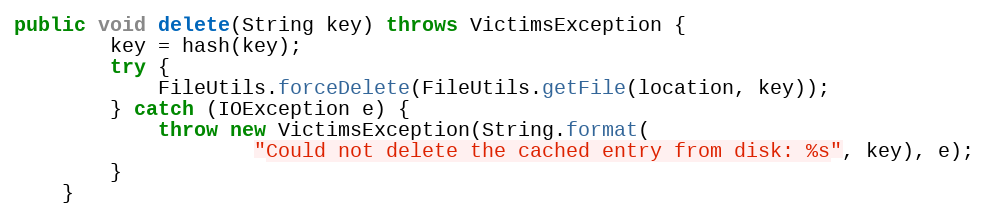
Language: Java
public void delete(String key) throws VictimsException {
        key = hash(key);
        try {
            FileUtils.forceDelete(FileUtils.getFile(location, key));
        } catch (IOException e) {
            throw new VictimsException(String.format(
                    "Could not delete the cached entry from disk: %s", key), e);
        }
    }